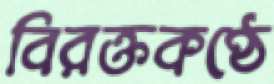
বিরক্তকণ্ঠে